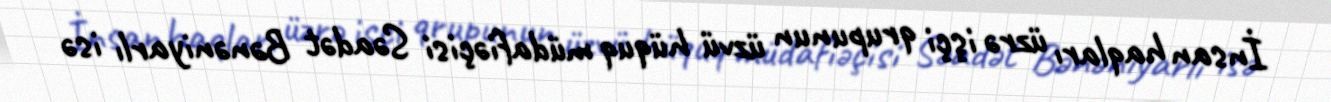
İnsan haqları üzrə işçi qrupunun üzvü hüquq müdafiəçisi Səadət Bənəniyarlı isə